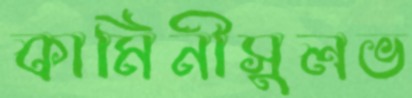
কামিনীসুলভ